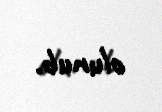
olunub.